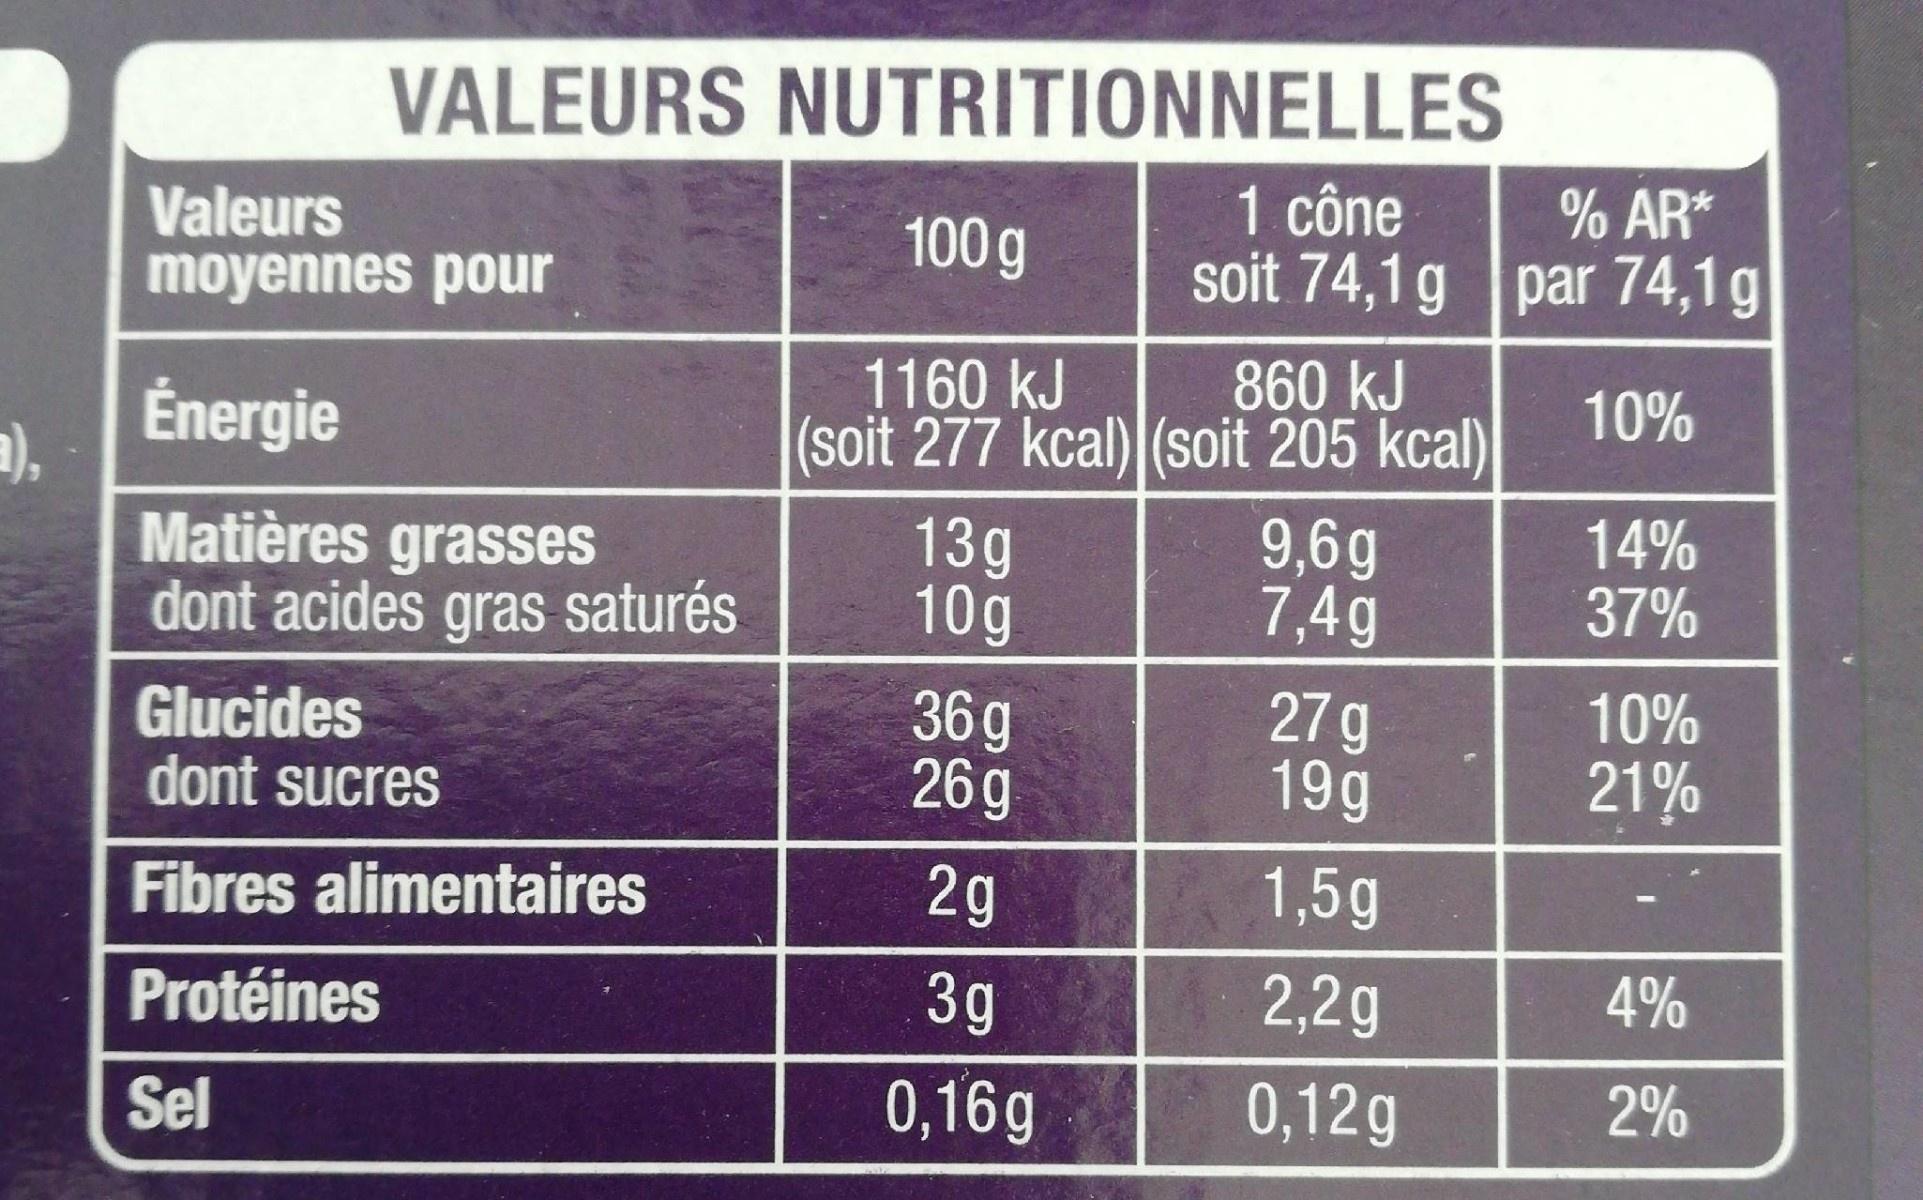
VALEURS NUTRITIONNELLES
1 cône
% AR*
Valeurs moyennes pour
100 g
soit 74,1 g par 74,1g|
1160 kJ
860 kJ
10%
Énergie
(soit 277 kcal) (soit 205 kcal)
a), Matières grasses dont acides gras saturés
13g 10g
9,6g 7,4g
14% 37%
10%
Glucides dont sucres
36g 26g
27g 19g
21%
Fibres alimentaires
2g
1,5g
Protéines
3g
2,2g
4%
Sel
0,16g
0,12g
2%